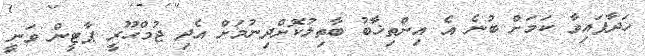
ހަދާފައިވާ ކަމަށް ބުނެ އެ އިންތިޚާބު ބާތިލުކޮށްދިނުމަށް އެދި ޖުމްހޫރީ ޕާޓީން ވަނީ